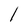
Character: l